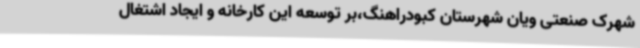
شهرک صنعتی ویان شهرستان کبودراهنگ،بر توسعه این کارخانه و ایجاد اشتغال